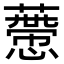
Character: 𧀱